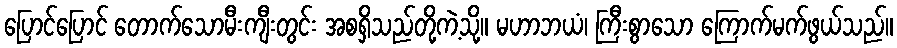
ပြောင်ပြောင် တောက်သောမီးကျီးတွင်း အစရှိသည်တို့ကဲ့သို့။ မဟာဘယံ၊ ကြီးစွာသော ကြောက်မက်ဖွယ်သည်။